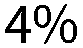
4%